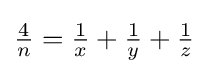
{\tfrac {4}{n}}={\tfrac {1}{x}}+{\tfrac {1}{y}}+{\tfrac {1}{z}}